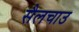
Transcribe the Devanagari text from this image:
सैलचाउ